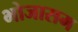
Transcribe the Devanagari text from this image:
भोजासम